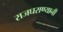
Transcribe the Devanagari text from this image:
राजघराण्यानी